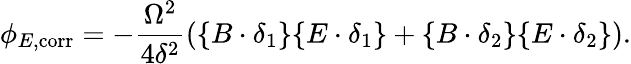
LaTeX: \phi_{E,\mathrm{corr}}=-\frac{\Omega^{2}}{4\delta^{2}}\left(\{ B\cdot\delta_{1}\} \{ E\cdot\delta_{1}\} +\{ B\cdot\delta_{2}\} \{ E\cdot\delta_{2}\} \right).